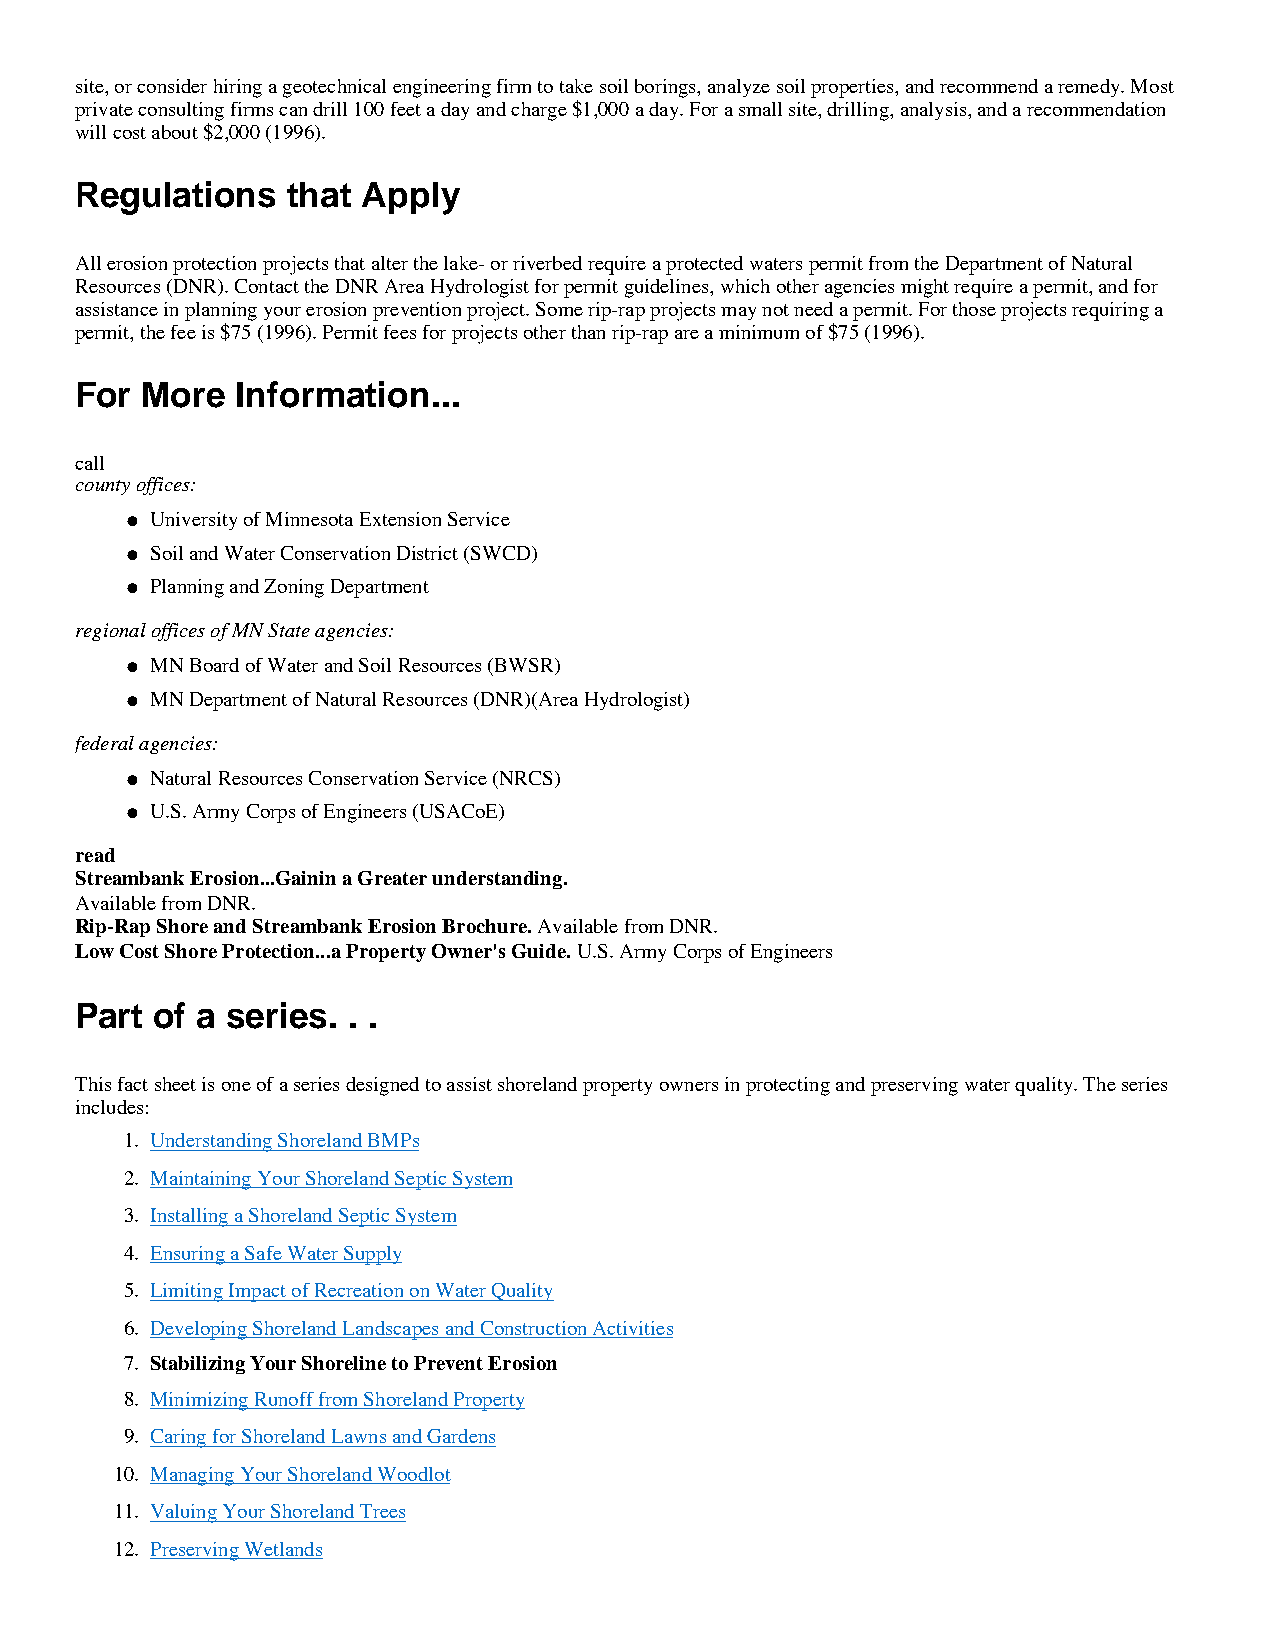
site, or consider hiring a geotechnical engineering firm to take soil borings, analyze soil properties, and recommend a remedy. Most
 private consulting firms can drill 100 feet a day and charge $1,000 a day. For a small site, drilling, analysis, and a recommendation
 will cost about $2,000 (1996).
 Regulations   that Apply
 All erosion protection projects that alter the lake- or riverbed require a protected waters permit from the Department of Natural
 Resources (DNR). Contact the DNR Area Hydrologist for permit guidelines, which other agencies might require a permit, and for
 assistance in planning your erosion prevention project. Some rip-rap projects may not need a permit. For those projects requiring a
 permit, the fee is $75 (1996). Permit fees for projects other than rip-rap are a minimum of $75 (1996).
 For More   Information...
 call
 county offices:
 University of Minnesota Extension Service
 l
 Soil and Water Conservation District (SWCD)
 l
 Planning and Zoning Department
 l
 regional offices of MN State agencies:
 MN Board of Water and Soil Resources (BWSR)
 l
 MN Department of Natural Resources (DNR)(Area Hydrologist)
 l
 federal agencies:
 Natural Resources Conservation Service (NRCS)
 l
 U.S. Army Corps of Engineers (USACoE)
 l
 read
 Streambank Erosion...Gainin a Greater understanding.
 Available from DNR.
 Rip-Rap Shore and Streambank Erosion Brochure. Available from DNR.
 Low Cost Shore Protection...a Property Owner's Guide. U.S. Army Corps of Engineers
 Part of a series. . .
 This fact sheet is one of a series designed to assist shoreland property owners in protecting and preserving water quality. The series
 includes:
 1. Understanding Shoreland BMPs
 2. Maintaining Your Shoreland Septic System
 3. Installing a Shoreland Septic System
 4. Ensuring a Safe Water Supply
 5. Limiting Impact of Recreation on Water Quality
 6. Developing Shoreland Landscapes and Construction Activities
 7. Stabilizing Your Shoreline to Prevent Erosion
 8. Minimizing Runoff from Shoreland Property
 9. Caring for Shoreland Lawns and Gardens
 10. Managing Your Shoreland Woodlot
 11. Valuing Your Shoreland Trees
 12. Preserving Wetlands